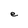
Character: e